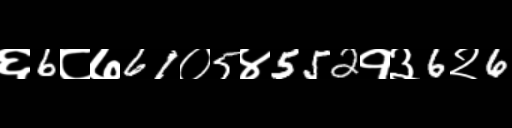
Text: ६6८७61०5४552१३6२6